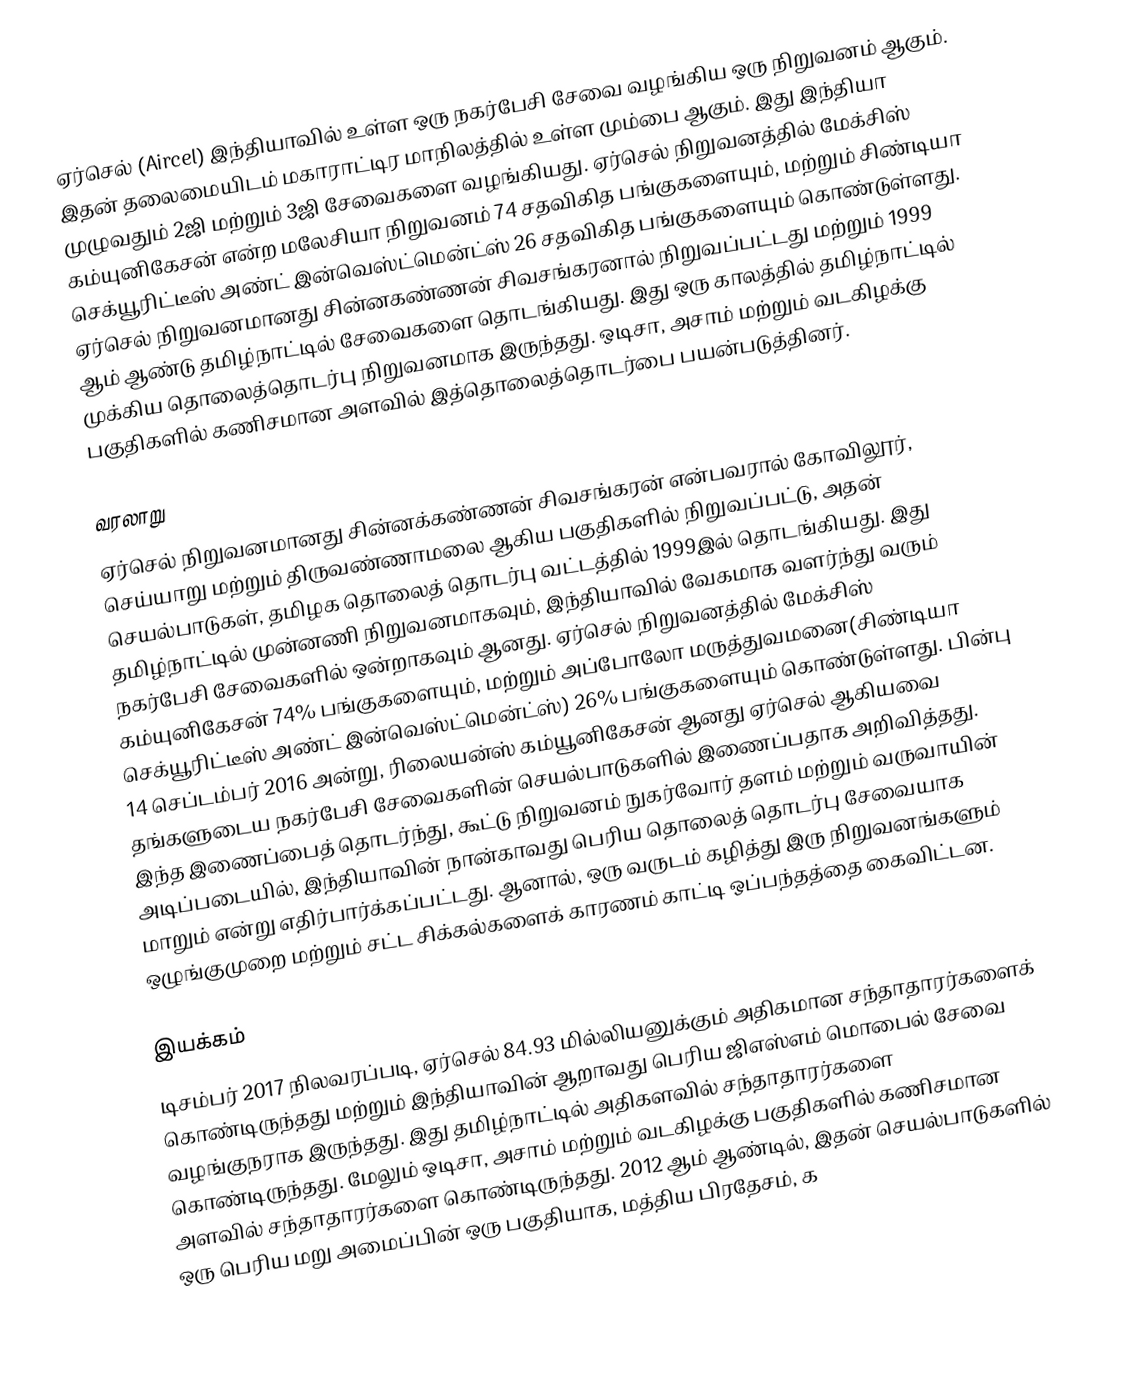
ஏர்செல் (Aircel) இந்தியாவில் உள்ள ஒரு நகர்பேசி சேவை வழங்கிய ஒரு நிறுவனம் ஆகும். இதன் தலைமையிடம் மகாராட்டிர மாநிலத்தில் உள்ள மும்பை ஆகும். இது இந்தியா முழுவதும் 2ஜி மற்றும் 3ஜி சேவைகளை வழங்கியது. ஏர்செல் நிறுவனத்தில் மேக்சிஸ் கம்யுனிகேசன் என்ற மலேசியா நிறுவனம் 74 சதவிகித பங்குகளையும், மற்றும் சிண்டியா செக்யூரிட்டீஸ் அண்ட் இன்வெஸ்ட்மென்ட்ஸ் 26 சதவிகித பங்குகளையும் கொண்டுள்ளது. ஏர்செல் நிறுவனமானது சின்னகண்ணன் சிவசங்கரனால் நிறுவப்பட்டது மற்றும் 1999 ஆம் ஆண்டு தமிழ்நாட்டில் சேவைகளை தொடங்கியது. இது ஒரு காலத்தில் தமிழ்நாட்டில் முக்கிய தொலைத்தொடர்பு நிறுவனமாக இருந்தது. ஒடிசா, அசாம் மற்றும் வடகிழக்கு பகுதிகளில் கணிசமான அளவில் இத்தொலைத்தொடர்பை பயன்படுத்தினர்.

வரலாறு
ஏர்செல் நிறுவனமானது சின்னக்கண்ணன் சிவசங்கரன் என்பவரால் கோவிலூர், செய்யாறு மற்றும் திருவண்ணாமலை ஆகிய பகுதிகளில் நிறுவப்பட்டு, அதன் செயல்பாடுகள், தமிழக தொலைத் தொடர்பு வட்டத்தில் 1999இல் தொடங்கியது. இது தமிழ்நாட்டில் முன்னணி நிறுவனமாகவும், இந்தியாவில் வேகமாக வளர்ந்து வரும் நகர்பேசி சேவைகளில் ஒன்றாகவும் ஆனது. ஏர்செல் நிறுவனத்தில் மேக்சிஸ் கம்யுனிகேசன் 74% பங்குகளையும், மற்றும் அப்போலோ மருத்துவமனை(சிண்டியா செக்யூரிட்டீஸ் அண்ட் இன்வெஸ்ட்மென்ட்ஸ்) 26% பங்குகளையும் கொண்டுள்ளது. பின்பு 14 செப்டம்பர் 2016 அன்று, ரிலையன்ஸ் கம்யூனிகேசன் ஆனது ஏர்செல் ஆகியவை தங்களுடைய நகர்பேசி சேவைகளின் செயல்பாடுகளில் இணைப்பதாக அறிவித்தது. இந்த இணைப்பைத் தொடர்ந்து, கூட்டு நிறுவனம் நுகர்வோர் தளம் மற்றும் வருவாயின் அடிப்படையில், இந்தியாவின் நான்காவது பெரிய தொலைத் தொடர்பு சேவையாக மாறும் என்று எதிர்பார்க்கப்பட்டது. ஆனால், ஒரு வருடம் கழித்து இரு நிறுவனங்களும் ஒழுங்குமுறை மற்றும் சட்ட சிக்கல்களைக் காரணம் காட்டி ஒப்பந்தத்தை கைவிட்டன.

இயக்கம்
டிசம்பர் 2017 நிலவரப்படி, ஏர்செல் 84.93 மில்லியனுக்கும் அதிகமான சந்தாதாரர்களைக் கொண்டிருந்தது மற்றும் இந்தியாவின் ஆறாவது பெரிய ஜிஎஸ்எம் மொபைல் சேவை வழங்குநராக இருந்தது. இது தமிழ்நாட்டில் அதிகளவில் சந்தாதாரர்களை கொண்டிருந்தது. மேலும் ஒடிசா, அசாம் மற்றும் வடகிழக்கு பகுதிகளில் கணிசமான அளவில் சந்தாதாரர்களை கொண்டிருந்தது. 2012 ஆம் ஆண்டில், இதன் செயல்பாடுகளில் ஒரு பெரிய மறு அமைப்பின் ஒரு பகுதியாக, மத்திய பிரதேசம், க